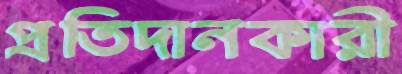
প্রতিদানকারী